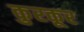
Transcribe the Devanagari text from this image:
कुरकूर